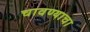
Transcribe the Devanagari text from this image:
चावण्याचा